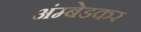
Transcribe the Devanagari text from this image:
अंम्बेडकर